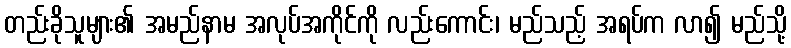
တည်းခိုသူများ၏ အမည်နာမ အလုပ်အကိုင်ကို လည်းကောင်း၊ မည်သည့် အရပ်က လာ၍ မည်သို့